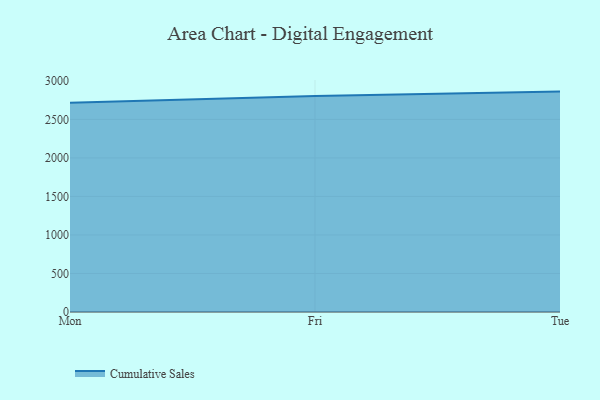
{"axis": {"x": "Day", "y": "Gross Profit (USD K)"}, "legend": ["Cumulative Sales"], "data": [{"x": "Mon", "y": 2715.4, "type": "Cumulative Sales"}, {"x": "Fri", "y": 2804.1, "type": "Cumulative Sales"}, {"x": "Tue", "y": 2861.1, "type": "Cumulative Sales"}]}